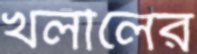
খলীলের